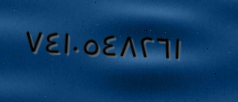
٧٤١٠٥٤٨٢٦١